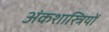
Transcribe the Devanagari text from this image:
अंकशास्त्रियों